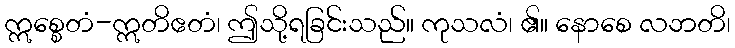
ဣစ္စေတံ-ဣတိဧတံ၊ ဤသို့ရခြင်းသည်။ ကုသလံ၊ ၏။ နောစေ လဘတိ၊